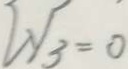
l y _ { 3 } = 0